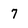
Character: 7